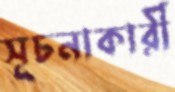
সূচনাকারী